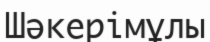
Шәкерімұлы